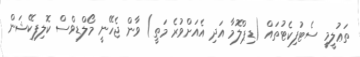
ތަޢުލީމީ ސެޓުފިކެޓުތައް (ޑިޕްލޮމާ އަދި އެއަށްވުރެ މަތީ) ވާން ޖެހޭނީ މޯލްޑިވްސް ކޮލިފިކޭޝަން